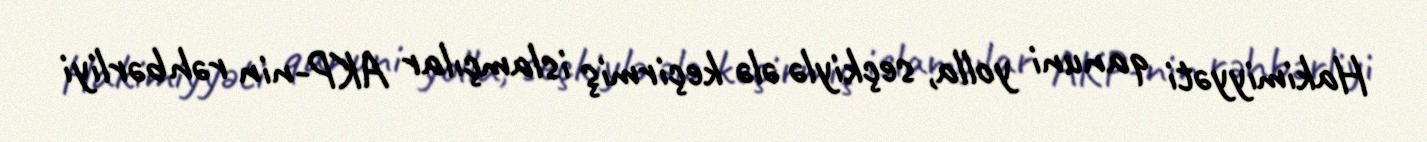
Hakimiyyəti qanuni yolla, seçkiylə ələ keçirmiş islamçılar AKP-nin rəhbərliyi